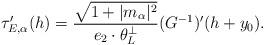
LaTeX: \begin{align*} \tau_{E,\alpha}^{\prime}(h) = \frac{\sqrt{1+|m_{\alpha}|^{2}}}{e_{2} \cdot \theta_{L}^{\perp}} (G^{-1})^{\prime}(h+y_{0}).\end{align*}